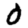
Digit: 0